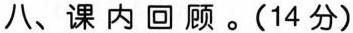
八、课内回顾。（14分）